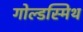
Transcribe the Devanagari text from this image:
गोल्‍डस्‍मिथ